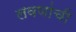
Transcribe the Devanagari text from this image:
लवणांची